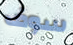
سوف